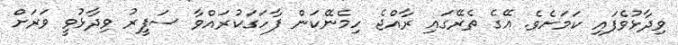
ވިދާޅުވެފައި ކަމަށެވެ. އޭގެ ތެރޭގައި ރާއްޖެ ހިމެނޭކަން ފާހަގަކުރައްވާ ސަފީރު ވިދާޅުވީ ވަރަށް